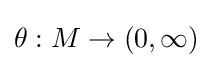
\theta :M\to (0,\infty )